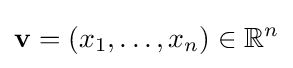
\mathbf {v} =(x_{1},\ldots ,x_{n})\in \mathbb {R} ^{n}